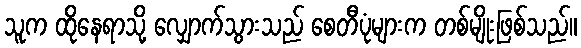
သူက ထိုနေရာသို့ လျှောက်သွားသည် စေတီပုံများက တစ်မျိုးဖြစ်သည်။